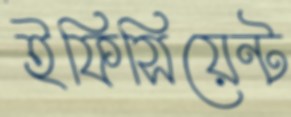
ইফিসিয়েন্ট